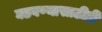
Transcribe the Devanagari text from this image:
घडवण्यासाठीही